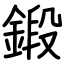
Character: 鍛